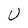
Character: U